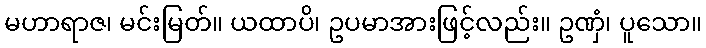
မဟာရာဇ၊ မင်းမြတ်။ ယထာပိ၊ ဥပမာအားဖြင့်လည်း။ ဥဏှံ၊ ပူသော။